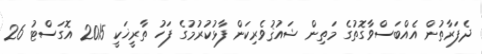
ދެފަރާތުން އެއްބަސްވާގޮތުގެ މަތިން ޝައުޤުވެރިކަން ފާޅުކުރުމުގެ ފަހު ތާރީޚަކީ 2015 އޮގަސްޓު 26